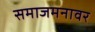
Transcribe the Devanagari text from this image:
समाजमनावर